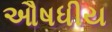
ઔષધીય